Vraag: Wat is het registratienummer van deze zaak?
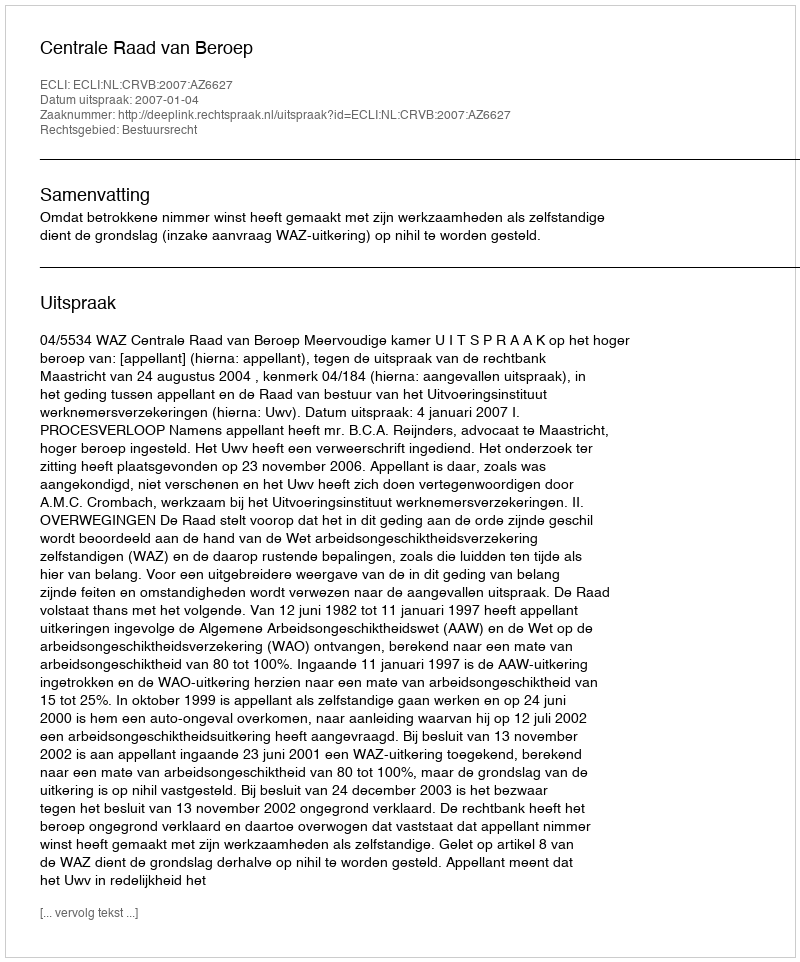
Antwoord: http://deeplink.rechtspraak.nl/uitspraak?id=ECLI:NL:CRVB:2007:AZ6627